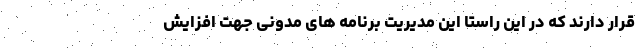
قرار دارند که در این راستا این مدیریت برنامه های مدونی جهت افزایش